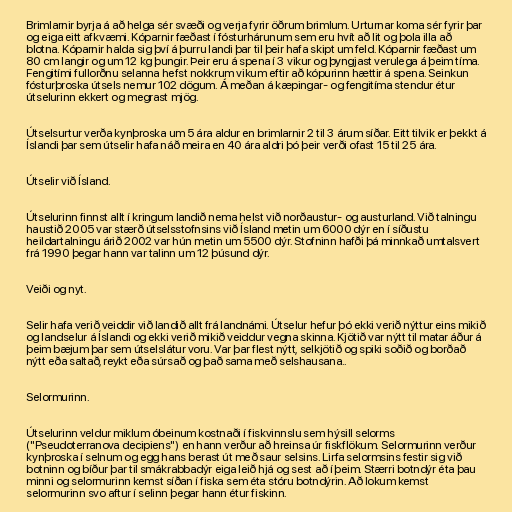
Brimlarnir byrja á að helga sér svæði og verja fyrir öðrum brimlum. Urturnar koma sér fyrir þar
og eiga eitt afkvæmi. Kóparnir fæðast í fósturhárunum sem eru hvít að lit og þola illa að
blotna. Kóparnir halda sig því á þurru landi þar til þeir hafa skipt um feld. Kóparnir fæðast um
80 cm langir og um 12 kg þungir. Þeir eru á spena í 3 vikur og þyngjast verulega á þeim tíma.
Fengitími fullorðnu selanna hefst nokkrum vikum eftir að kópurinn hættir á spena. Seinkun
fósturþroska útsels nemur 102 dögum. Á meðan á kæpingar- og fengitíma stendur étur
útselurinn ekkert og megrast mjög.

Útselsurtur verða kynþroska um 5 ára aldur en brimlarnir 2 til 3 árum síðar. Eitt tilvik er þekkt á
Íslandi þar sem útselir hafa náð meira en 40 ára aldri þó þeir verði ofast 15 til 25 ára.

Útselir við Ísland.

Útselurinn finnst allt í kringum landið nema helst við norðaustur- og austurland. Við talningu
haustið 2005 var stærð útselsstofnsins við Ísland metin um 6000 dýr en í síðustu
heildartalningu árið 2002 var hún metin um 5500 dýr. Stofninn hafði þá minnkað umtalsvert
frá 1990 þegar hann var talinn um 12 þúsund dýr.

Veiði og nyt.

Selir hafa verið veiddir við landið allt frá landnámi. Útselur hefur þó ekki verið nýttur eins mikið
og landselur á Íslandi og ekki verið mikið veiddur vegna skinna. Kjötið var nýtt til matar áður á
þeim bæjum þar sem útselslátur voru. Var þar flest nýtt, selkjötið og spiki soðið og borðað
nýtt eða saltað, reykt eða súrsað og það sama með selshausana..

Selormurinn.

Útselurinn veldur miklum óbeinum kostnaði í fiskvinnslu sem hýsill selorms
("Pseudoterranova decipiens") en hann verður að hreinsa úr fiskflökum. Selormurinn verður
kynþroska í selnum og egg hans berast út með saur selsins. Lirfa selormsins festir sig við
botninn og bíður þar til smákrabbadýr eiga leið hjá og sest að í þeim. Stærri botndýr éta þau
minni og selormurinn kemst síðan í fiska sem éta stóru botndýrin. Að lokum kemst
selormurinn svo aftur í selinn þegar hann étur fiskinn.